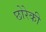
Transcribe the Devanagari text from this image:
छोरेकी